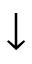
\downarrow